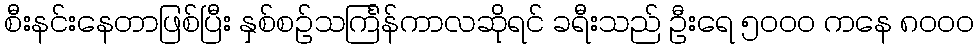
စီးနင်းနေတာဖြစ်ပြီး နှစ်စဉ်သင်္ကြန်ကာလဆိုရင် ခရီးသည် ဦးရေ ၅၀၀၀ ကနေ ၈၀၀၀